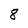
Character: 8